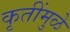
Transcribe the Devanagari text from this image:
कृतींमुळे